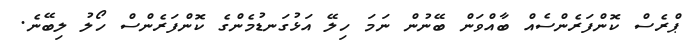
ޕްރެސް ކޮންފަރެންސެއް ބާއްވަން ބޭނުން ނަމަ ހިލޭ އަޅުގަނޑުމެންގެ ކޮންފަރެންސް ހޯލު ލިބޭނެ.